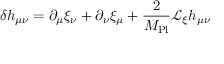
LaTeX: \delta h _ { \mu \nu } = \partial _ { \mu } \xi _ { \nu } + \partial _ { \nu } \xi _ { \mu } + { \frac { 2 } { M _ { \mathrm { P l } } } } { \mathcal { L } } _ { \xi } h _ { \mu \nu }